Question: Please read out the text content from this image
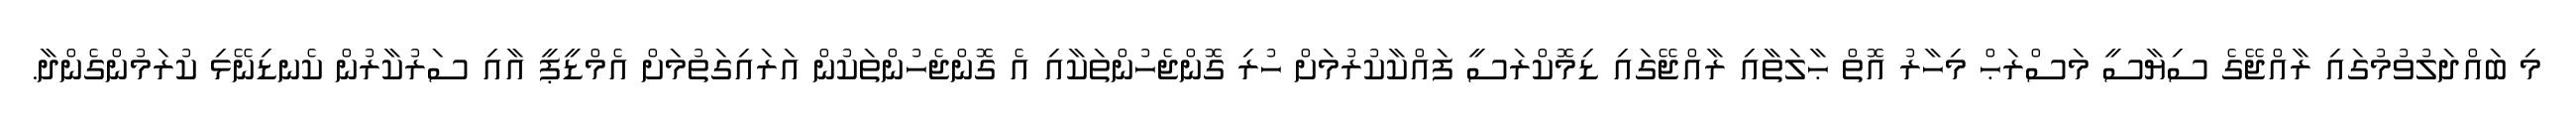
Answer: މި ބައްދަލުވުމުގައި ރާއްޖޭގެ ސިޔާސީ މަސްރަޙް މިހާރު އޮތް ޙާލަތާއި ރާއްޖޭގައި ޑިމޮކްރަސީ ފައްކާކުރުމަށް ހުރި ގޮންޖެހުންތަކާއި އެ ގޮންޖެހުންތަކުން އަރައިގަތުމަށް އެމްޑީޕީ އާއި ސަރުކާރުން ކެނޑިނޭޅި ކުރަމުންގެންދާ.